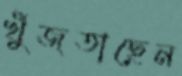
খুঁজতাছেন